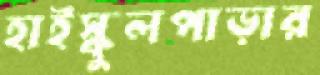
হাইস্কুলপাড়ার